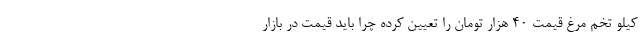
کیلو تخم مرغ قیمت ۴۰ هزار تومان را تعیین کرده چرا باید قیمت در بازار